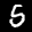
Label: 5